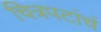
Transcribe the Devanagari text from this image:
चित्रपटांचं